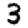
Digit: 3